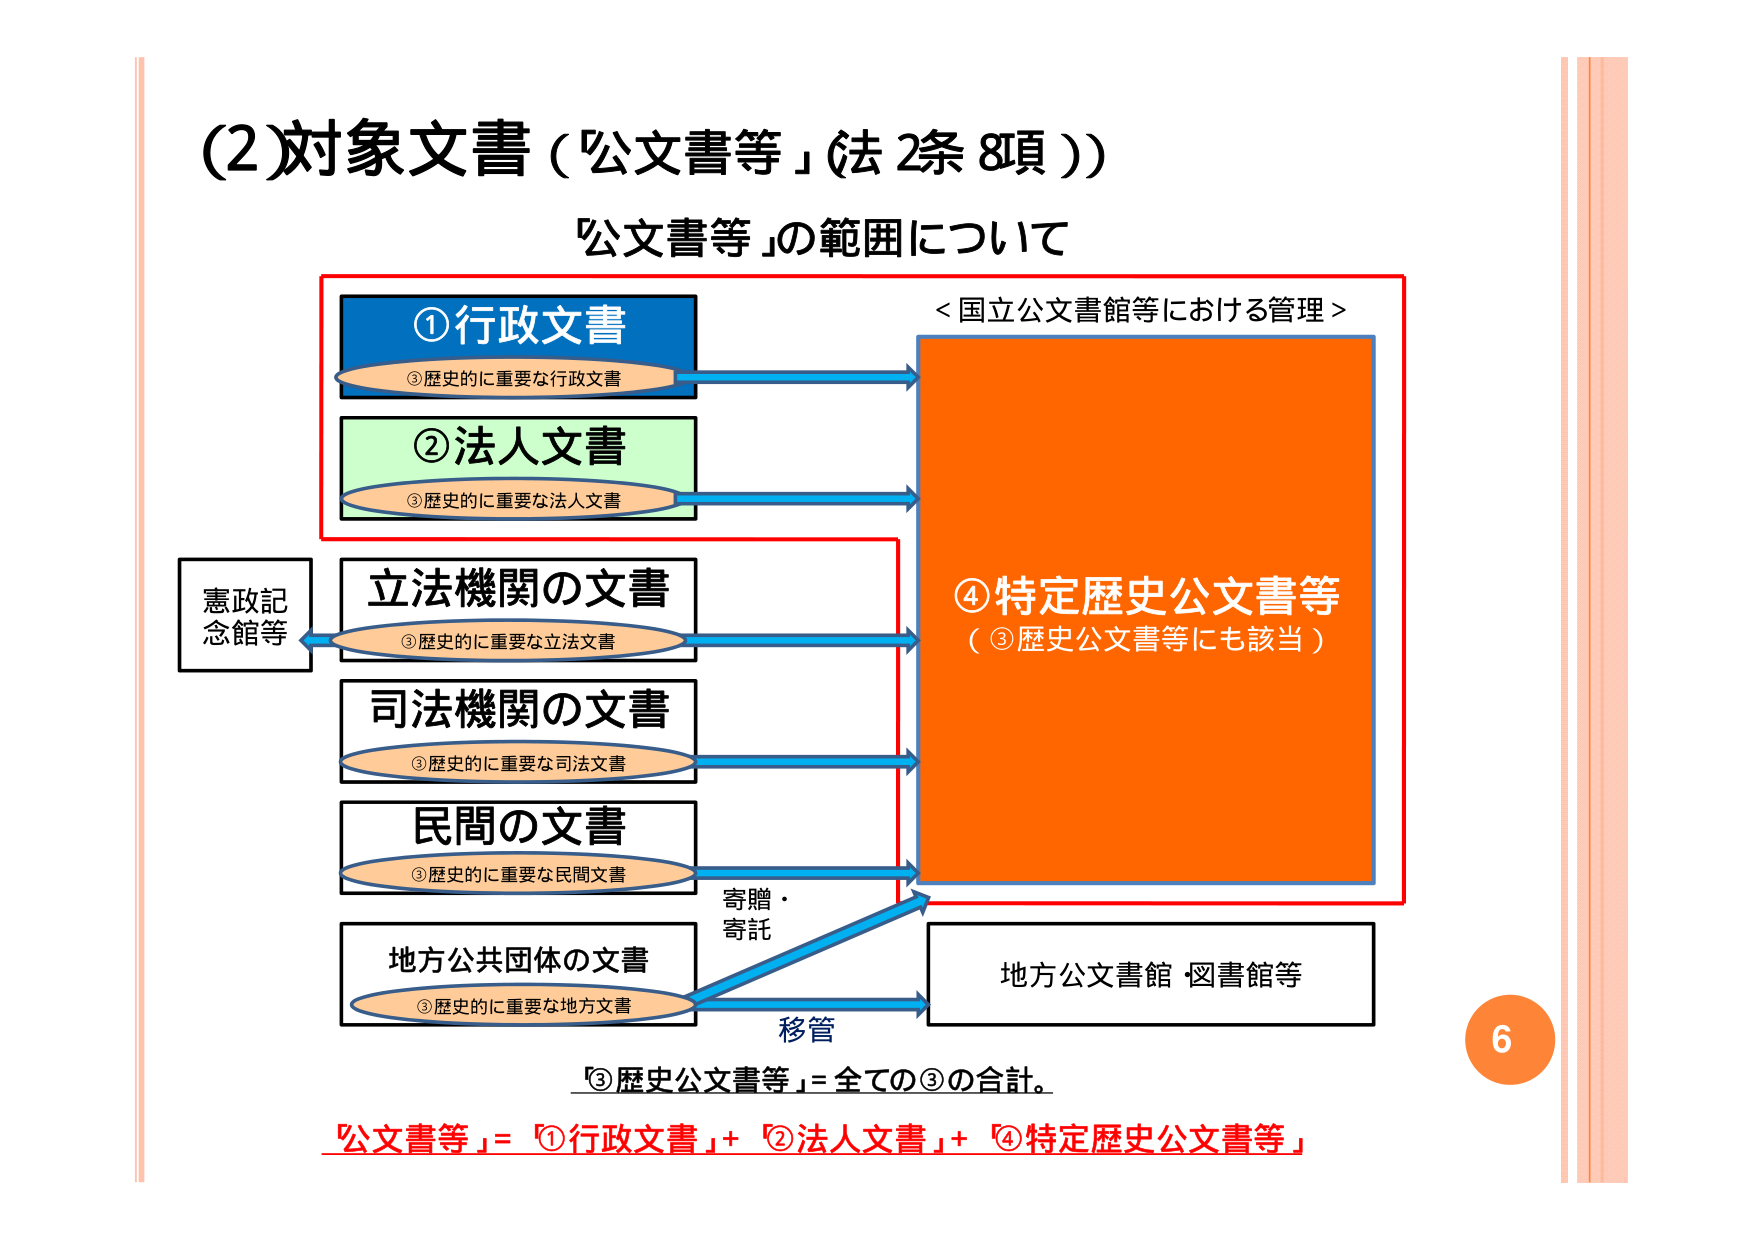
(2)対象文書（「公文書等」（法2条8項））

「公文書等」の範囲について

①行政文書
　③歴史的に重要な行政文書

②法人文書
　③歴史的に重要な法人文書

立法機関の文書
　③歴史的に重要な立法文書

司法機関の文書
　③歴史的に重要な司法文書

民間の文書
　③歴史的に重要な民間文書

地方公共団体の文書
　③歴史的に重要な地方文書

＜国立公文書館等における管理＞
④特定歴史公文書等
（③歴史公文書等にも該当）

憲政記念館等

地方公文書館・図書館等

寄贈・寄託
移管

「③歴史公文書等」＝全ての③の合計。
「公文書等」＝「①行政文書」＋「②法人文書」＋「④特定歴史公文書等」

6